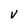
Character: V